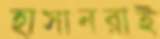
হাসানরাই